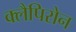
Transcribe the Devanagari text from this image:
क्लैपिरोन